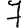
Digit: 7